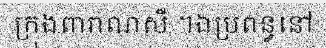
ក្រុងពារាណសី ។ឯប្រពន្ធនៅ